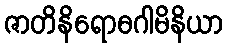
ဇာတိနိရောဓဂါမိနိယာ